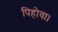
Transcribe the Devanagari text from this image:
पिहोवा।